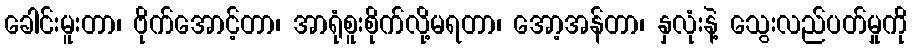
ခေါင်းမူးတာ၊ ဗိုက်အောင့်တာ၊ အာရုံစူးစိုက်လို့မရတာ၊ အော့အန်တာ၊ နှလုံးနဲ့ သွေးလည်ပတ်မှုကို